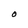
Character: O